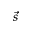
\vec { s }